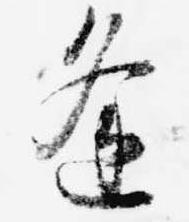
逢